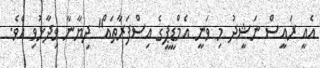
އެއީ ރައީސް ނަޝީދު މި ވަނީ އެމްޑީޕީގެ އިސްފަރާތައް" ދިޔާނާ ވިދާޅުވި އެވެ.